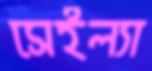
সেইল্যা